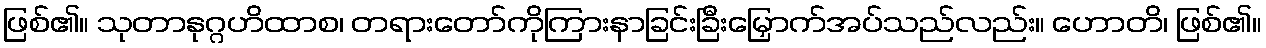
ဖြစ်၏။ သုတာနုဂ္ဂဟိထာစ၊ တရားတော်ကိုကြားနာခြင်းခြီးမြှောက်အပ်သည်လည်း။ ဟောတိ၊ ဖြစ်၏။